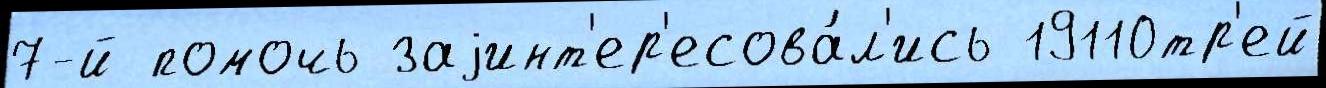
7-й помочь заjинт'ер'есова́л'ись 19110тр'ей